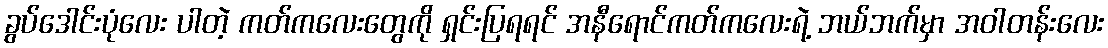
ခွပ်ဒေါင်းပုံလေး ပါတဲ့ ကတ်ကလေးတွေကို ရှင်းပြရရင် အနီရောင်ကတ်ကလေးရဲ့ ဘယ်ဘက်မှာ အဝါတန်းလေး